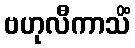
ဗဟုလီကာသိံ